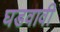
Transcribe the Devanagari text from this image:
घडवावी